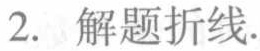
2. 解题折线.